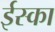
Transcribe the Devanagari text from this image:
ईस्का